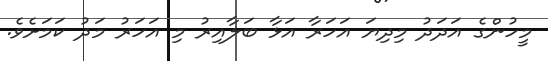
މީހުންގެ އަދަދު މިދިޔަ އަހަރާ އަޅާ ބަލާއިރު މި އަހަރު މަދު ކަމަށެވެ.